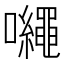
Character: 𡅠